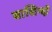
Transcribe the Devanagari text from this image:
बाशिन्दों